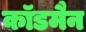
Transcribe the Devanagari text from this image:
कॉडमैन